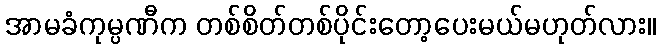
အာမခံကုမ္ပဏီက တစ်စိတ်တစ်ပိုင်းတော့ပေးမယ်မဟုတ်လား။